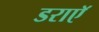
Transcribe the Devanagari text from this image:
डराएॅ